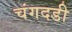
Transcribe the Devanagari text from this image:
चंगदडी